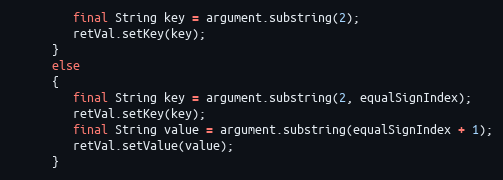
Language: Java
         final String key = argument.substring(2);
         retVal.setKey(key);
      }
      else
      {
         final String key = argument.substring(2, equalSignIndex);
         retVal.setKey(key);
         final String value = argument.substring(equalSignIndex + 1);
         retVal.setValue(value);
      }